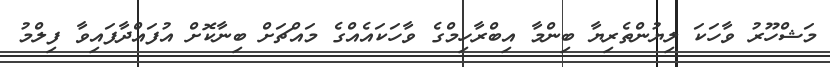
މަޝްހޫރު ވާހަކަ ލިޔުންތެރިޔާ ބިންމާ އިބްރާހިމްގެ ވާހަކައެއްގެ މައްޗަށް ބިނާކޮށް އުފައްދާފައިވާ ފިލްމު